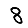
Digit: 8